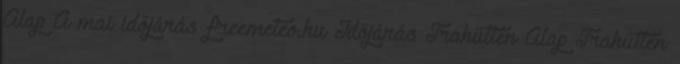
Alap A mai időjárás freemeteo.hu Időjárás Trahütten Alap Trahütten